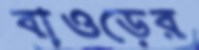
বাওড়ের